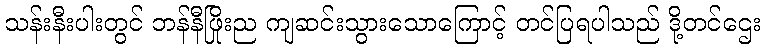
သန်းနီးပါးတွင် ဘန်နီဖြိုးည ကျဆင်းသွားသောကြောင့် တင်ပြရပါသည် ဒို့တင်ဌေး